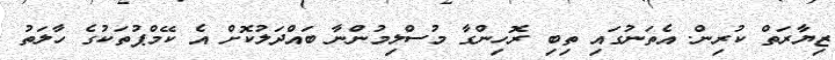
ޒިޔާރަތް ކުރިން. އެތަނުގައި ތިބި ރޮހިންގާ މުސްލިމުންނާ ބައްދަލުކޮށް އެ ކޭމްޕުތަކުގެ ހާލަތު